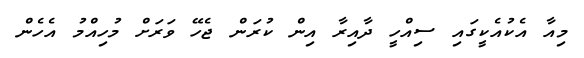
މިއާ އެކުއެކީގައި ސިއްހީ ދާއިރާ އިން ކުރަން ޖެހޭ ވަރަށް މުހިއްމު އެހެން